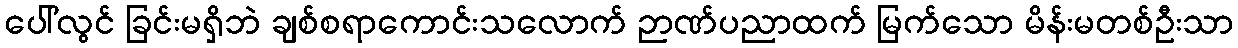
ပေါ်လွင် ခြင်းမရှိဘဲ ချစ်စရာကောင်းသလောက် ဉာဏ်ပညာထက် မြက်သော မိန်းမတစ်ဦးသာ